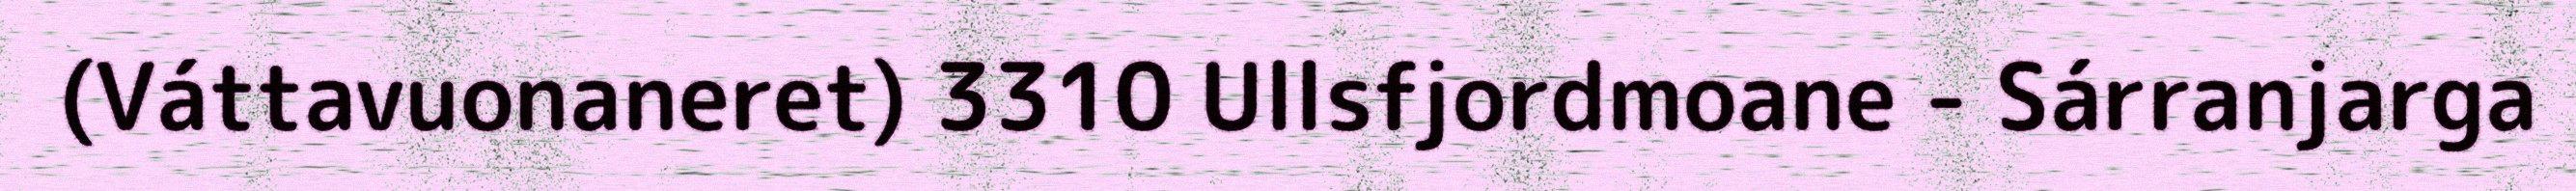
(Váttavuonaneret) 3310 Ullsfjordmoane - Sárranjarga